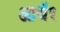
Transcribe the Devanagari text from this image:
आथॅर